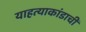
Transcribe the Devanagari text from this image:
याहत्याकांडाची